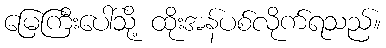
မြေကြီးပေါ်သို့ ထိုးအန်ပစ်လိုက်ရသည်။